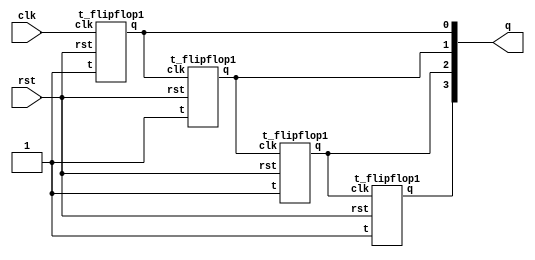
`timescale 1ns / 1ps
//////////////////////////////////////////////////////////////////////////////////
// Company: 
// Engineer: 
// 
// Design Name: 
// Module Name: asynch_up_counter
// Project Name: 
// Target Devices: 
// Tool Versions: 
// Description: 
// 
// Dependencies: 
// 
// Revision:
// Revision 0.01 - File Created
// Additional Comments:
// 
//////////////////////////////////////////////////////////////////////////////////


module asynch_up_counter(
    input clk,rst,
    output [3:0] q
    );
 
    
    t_flipflop1 a1(.t(1'b1),.clk(clk),.rst(rst),.q(q[0]));
     t_flipflop1 a2(.t(1'b1),.clk(q[0]),.rst(rst),.q(q[1]));
    t_flipflop1 a3(.t(1'b1),.clk(q[1]),.rst(rst),.q(q[2]));
     t_flipflop1 a4(.t(1'b1),.clk(q[2]),.rst(rst),.q(q[3]));
endmodule
module t_flipflop1(
    input t,clk,rst,
    output reg q,qbar
    ); 
    always@(negedge clk)
    begin
    if(rst)
    begin
    q=0;qbar=1;
    end
    else begin
     q=(t&~q)|(~t&q);
     qbar=~q;
    end
    end
endmodule